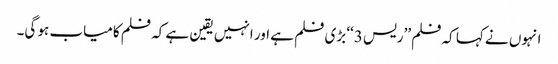
انہوں نے کہا کہ فلم ’’ریس 3‘‘ بڑی فلم ہے اور انہیں یقین ہے کہ فلم کامیاب ہو گی۔